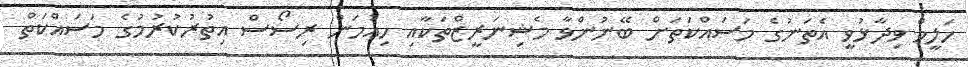
ހަލީމް ވިދާޅުވީ އެތަނުގެ މަސައްކަތަށް ބޭނުންވާ މެޝިނަރީޒްތަކާއި ހިއުމަން ރިސޯސް އިތުުރުކުރުމުގެ މަސައްކަތް